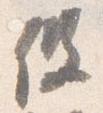
役